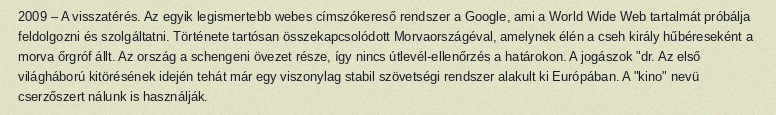
2009 – A visszatérés. Az egyik legismertebb webes címszókereső rendszer a Google, ami a World Wide Web tartalmát próbálja feldolgozni és szolgáltatni. Története tartósan összekapcsolódott Morvaországéval, amelynek élén a cseh király hűbéreseként a morva őrgróf állt. Az ország a schengeni övezet része, így nincs útlevél-ellenőrzés a határokon. A jogászok "dr. Az első világháború kitörésének idején tehát már egy viszonylag stabil szövetségi rendszer alakult ki Európában. A "kino" nevü cserzőszert nálunk is használják.